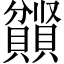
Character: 𫎤